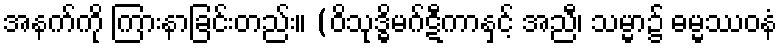
အနက်ကို ကြားနာခြင်းတည်း။ (ဝိသုဒ္ဓိမဂ်ဋီကာနှင့် အညီ၊ သမ္မာ၌ ဓမ္မဿဝနံ